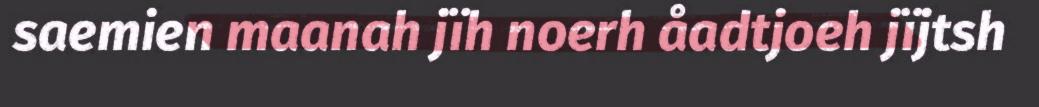
saemien maanah jïh noerh åadtjoeh jïjtsh